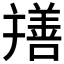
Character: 𦏎